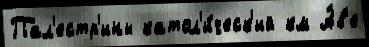
Пал'естр'ины катол'и́ческ'ий км А́в'е